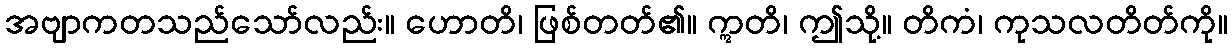
အဗျာကတသည်သော်လည်း။ ဟောတိ၊ ဖြစ်တတ်၏။ ဣတိ၊ ဤသို့။ တိကံ၊ ကုသလတိတ်ကို။